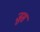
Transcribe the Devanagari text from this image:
जुस